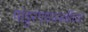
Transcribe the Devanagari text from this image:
पांडुरंगशास्स्त्रींच्या